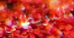
البريطاني